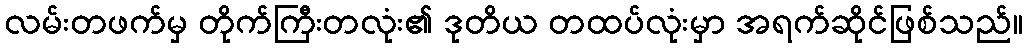
လမ်းတဖက်မှ တိုက်ကြီးတလုံး၏ ဒုတိယ တထပ်လုံးမှာ အရက်ဆိုင်ဖြစ်သည်။